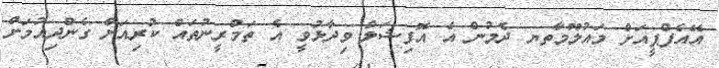
އޭއެފްޕީއަށް މައުލޫމާތޔ ދެމުން އެ އޮފިޝަލް ވިދާޅުވީ އެ ތަމްރީނުތައް ކުރިއަށް ގެންދިއުމަށް